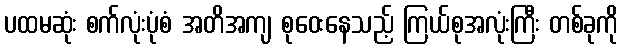
ပထမဆုံး စက်လုံးပုံစံ အတိအကျ စုဝေးနေသည့် ကြယ်စုအလုံးကြီး တစ်ခုကို